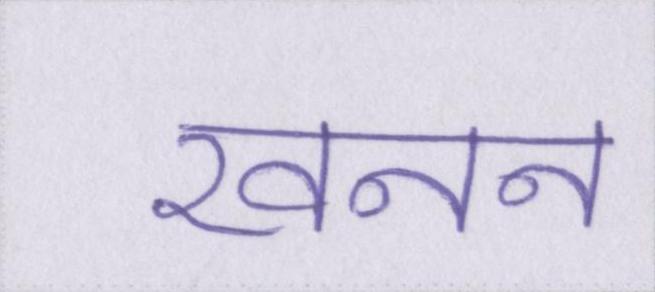
खनन